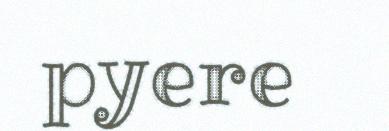
pyere